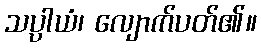
သပ္ပာယံ၊ လျောက်ပတ်၏။